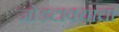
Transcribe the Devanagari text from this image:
जोडटाक्यांचा